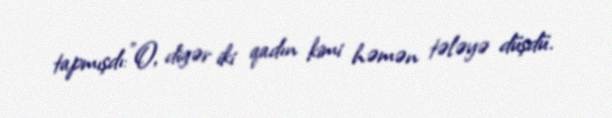
tapmışdı:"O, digər iki qadın kimi həmən tələyə düşdü.